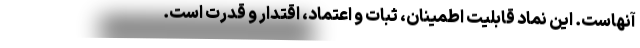
آنهاست. این نماد قابلیت اطمینان، ثبات و اعتماد، اقتدار و قدرت است.